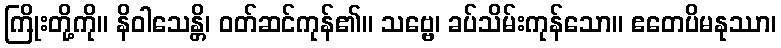
ကြိုးတို့ကို။ နိဝါသေန္တိ၊ ဝတ်ဆင်ကုန်၏။ သဗ္ဗေ၊ ခပ်သိမ်းကုန်သော။ ဧတေပိမနုဿာ၊